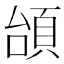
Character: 𩒎